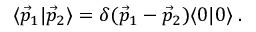
\langle { \vec { p } } _ { 1 } | { \vec { p } } _ { 2 } \rangle = \delta ( { \vec { p } } _ { 1 } - { \vec { p } } _ { 2 } ) \langle 0 | 0 \rangle \; .